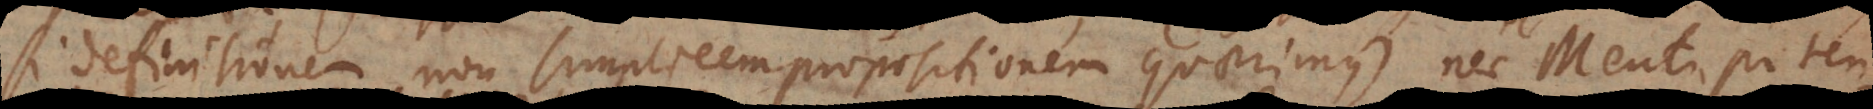
si definitionem non simplicem propositionem quaerimus), nec Menti poten